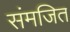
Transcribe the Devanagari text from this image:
संमजित